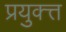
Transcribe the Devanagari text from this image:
प्रयुक्त्त